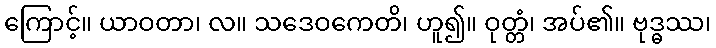
ကြောင့်။ ယာဝတာ၊ လ။ သဒေဝကေတိ၊ ဟူ၍။ ဝုတ္တံ၊ အပ်၏။ ဗုဒ္ဓဿ၊